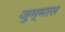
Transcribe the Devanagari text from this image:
जुम्मास